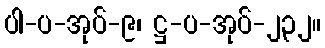
ပါ-ပ-အုပ်-၉၊ ဋ္ဌ-ပ-အုပ်-၂၃၂။